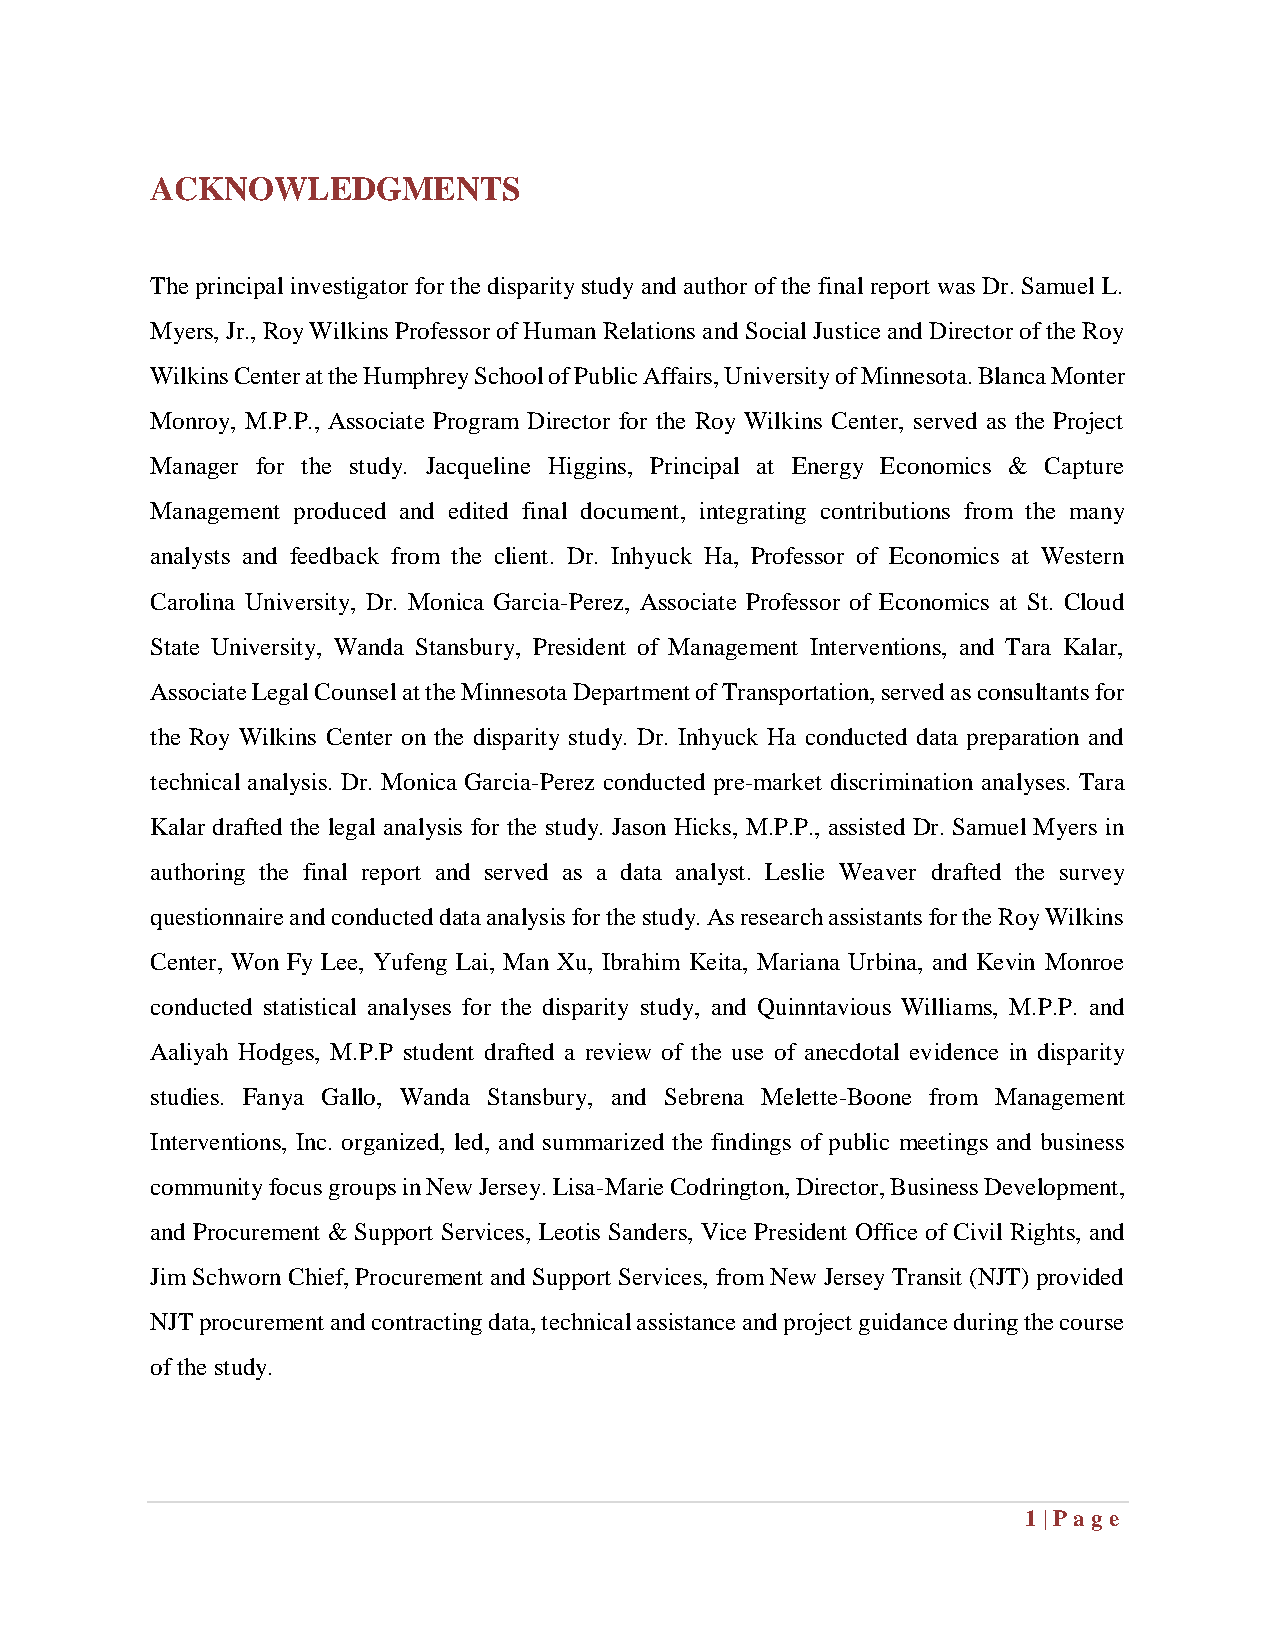
ACKNOWLEDGMENTS
 The principal investigator for the disparity study and author of the final report was Dr. Samuel L.
 Myers, Jr., Roy Wilkins Professor of Human Relations and Social Justice and Director of the Roy
 Wilkins Center at the Humphrey School of Public Affairs, University of Minnesota. Blanca Monter
 Monroy, M.P.P., Associate Program Director for the Roy Wilkins Center, served as the Project
 Manager for the study. Jacqueline Higgins, Principal at Energy Economics & Capture
 Management produced and edited final document, integrating contributions from the many
 analysts and feedback from the client. Dr. Inhyuck Ha, Professor of Economics at Western
 Carolina University, Dr. Monica Garcia-Perez, Associate Professor of Economics at St. Cloud
 State University, Wanda Stansbury, President of Management Interventions, and Tara Kalar,
 Associate Legal Counsel at the Minnesota Department of Transportation, served as consultants for
 the Roy Wilkins Center on the disparity study. Dr. Inhyuck Ha conducted data preparation and
 technical analysis. Dr. Monica Garcia-Perez conducted pre-market discrimination analyses. Tara
 Kalar drafted the legal analysis for the study. Jason Hicks, M.P.P., assisted Dr. Samuel Myers in
 authoring the final report and served as a data analyst. Leslie Weaver drafted the survey
 questionnaire and conducted data analysis for the study. As research assistants for the Roy Wilkins
 Center, Won Fy Lee, Yufeng Lai, Man Xu, Ibrahim Keita, Mariana Urbina, and Kevin Monroe
 conducted statistical analyses for the disparity study, and Quinntavious Williams, M.P.P. and
 Aaliyah Hodges, M.P.P student drafted a review of the use of anecdotal evidence in disparity
 studies. Fanya Gallo, Wanda Stansbury, and Sebrena Melette-Boone from Management
 Interventions, Inc. organized, led, and summarized the findings of public meetings and business
 community focus groups in New Jersey. Lisa-Marie Codrington, Director, Business Development,
 and Procurement & Support Services, Leotis Sanders, Vice President Office of Civil Rights, and
 Jim Schworn Chief, Procurement and Support Services, from New Jersey Transit (NJT) provided
 NJT procurement and contracting data, technical assistance and project guidance during the course
 of the study.
 1 | Pag e